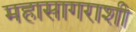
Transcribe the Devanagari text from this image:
महासागराशी